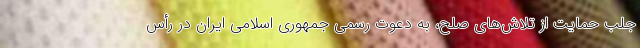
جلب حمایت از تلاش‌های صلح، به دعوت رسمی جمهوری اسلامی ایران در رأس